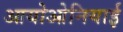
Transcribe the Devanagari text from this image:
आयोओनियाई